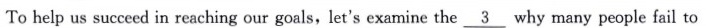
To help us succeed in reaching our goals, let's examine the \underline{3} why many people fail to